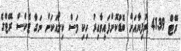
ރޭޓް 41.39 ރުފިޔާއަށް ބޮޑުކޮށްފައިވާއިރު ހިކި މަސް ކިލޯއަކަށް ނަގާ ޓެކްސް ރޭޓްގެ